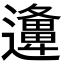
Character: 𨘡